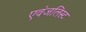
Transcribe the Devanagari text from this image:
एवंजलिस्ट